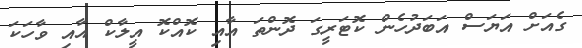
ގެއަށް އަޔަސް އަބަދުހެން ކޮޓަރީގަ ދޮންތަ އާއި ކޮއްކޮ އީލާކް އާއި ވާހަކަ